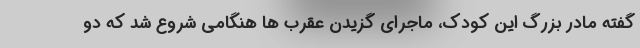
گفته مادر بزرگ این کودک، ماجرای گزیدن عقرب ها هنگامی شروع شد که دو